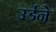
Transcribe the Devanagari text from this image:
उर्डने